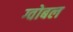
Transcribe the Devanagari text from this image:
ग्वोबल